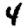
Digit: 4